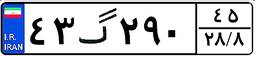
۴۳گ۲۹۰۴۵